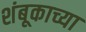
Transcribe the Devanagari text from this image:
शंबूकाच्या